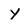
Character: y